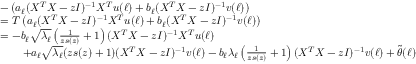
\begin{array} { r l } & { - \left( a _ { \ell } ( X ^ { T } X - z I ) ^ { - 1 } X ^ { T } { \boldsymbol u } ( \ell ) + b _ { \ell } ( X ^ { T } X - z I ) ^ { - 1 } { \boldsymbol v } ( \ell ) \right) } \\ & { = T \left( a _ { \ell } ( X ^ { T } X - z I ) ^ { - 1 } X ^ { T } { \boldsymbol u } ( \ell ) + b _ { \ell } ( X ^ { T } X - z I ) ^ { - 1 } { \boldsymbol v } ( \ell ) \right) } \\ & { = - b _ { \ell } \sqrt { \lambda _ { \ell } } \left( \frac { 1 } { z s ( z ) } + 1 \right) ( X ^ { T } X - z I ) ^ { - 1 } X ^ { T } { \boldsymbol u } ( \ell ) } \\ & { \qquad + a _ { \ell } \sqrt { \lambda _ { \ell } } ( z s ( z ) + 1 ) ( X ^ { T } X - z I ) ^ { - 1 } { \boldsymbol v } ( \ell ) - b _ { \ell } \lambda _ { \ell } \left( \frac { 1 } { z s ( z ) } + 1 \right) ( X ^ { T } X - z I ) ^ { - 1 } { \boldsymbol v } ( \ell ) + \widetilde { \boldsymbol \theta } ( \ell ) } \end{array}